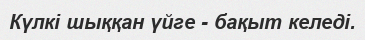
Күлкі шыққан үйге - бақыт келеді.